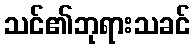
သင်၏ဘုရားသခင်